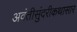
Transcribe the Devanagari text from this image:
अवंतीसुंदरीकथासार